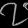
Digit: ၇